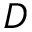
D